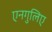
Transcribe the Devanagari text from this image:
एनगुलिए